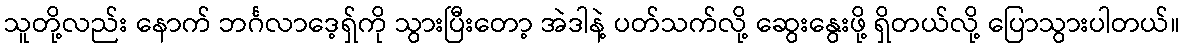
သူတို့လည်း နောက် ဘင်္ဂလာဒေ့ရှ်ကို သွားပြီးတော့ အဲဒါနဲ့ ပတ်သက်လို့ ဆွေးနွေးဖို့ ရှိတယ်လို့ ပြောသွားပါတယ်။